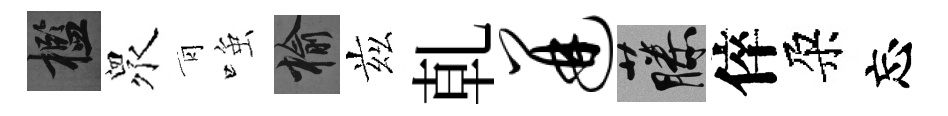
檻衆青𫪻榆兹乹迸藤倅朶忘